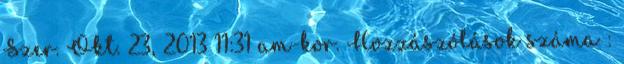
Szer. Okt. 23, 2013 11:31 am-kor. Hozzászólások száma :